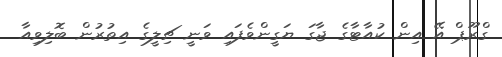
ގްރޫޕް އޭ އިން ކުއާޓާގެ ޖާގަ ޔަގީންވެފައި ވަނީ ޗިލީގެ އިތުރުން ބޮލިވިއާ